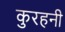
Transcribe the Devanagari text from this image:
कुरहनी